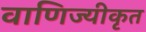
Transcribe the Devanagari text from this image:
वाणिज्यीकृत